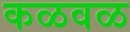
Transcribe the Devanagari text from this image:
कळवळ